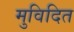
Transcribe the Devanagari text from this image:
मुविदित